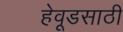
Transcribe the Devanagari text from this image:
हेवूडसाठी